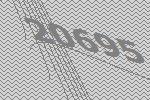
20695